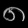
Digit: ၈